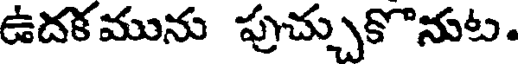
ఉదకమును పుచ్చుకొనుట.